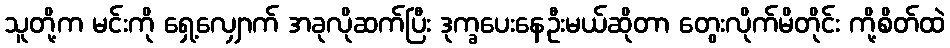
သူတို့က မင်းကို ရှေ့လျှောက် အခုလိုဆက်ပြီး ဒုက္ခပေးနေဦးမယ်ဆိုတာ တွေးလိုက်မိတိုင်း ကို့စိတ်ထဲ